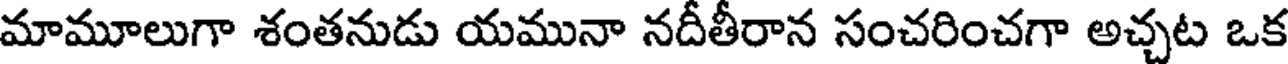
మామూలుగా శంతనుడు యమునా నదీతీరాన సంచరించగా అచ్చట ఒక